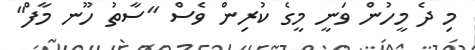
މި ދެ މީހުން ވަނީ މީގެ ކުރިން ވެސް "ސާތު ހޫނ މާފް"